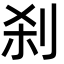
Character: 刹